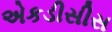
એકડીસીસ